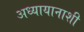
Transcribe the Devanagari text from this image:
अध्यायानाशी